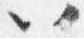
以